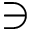
\ni